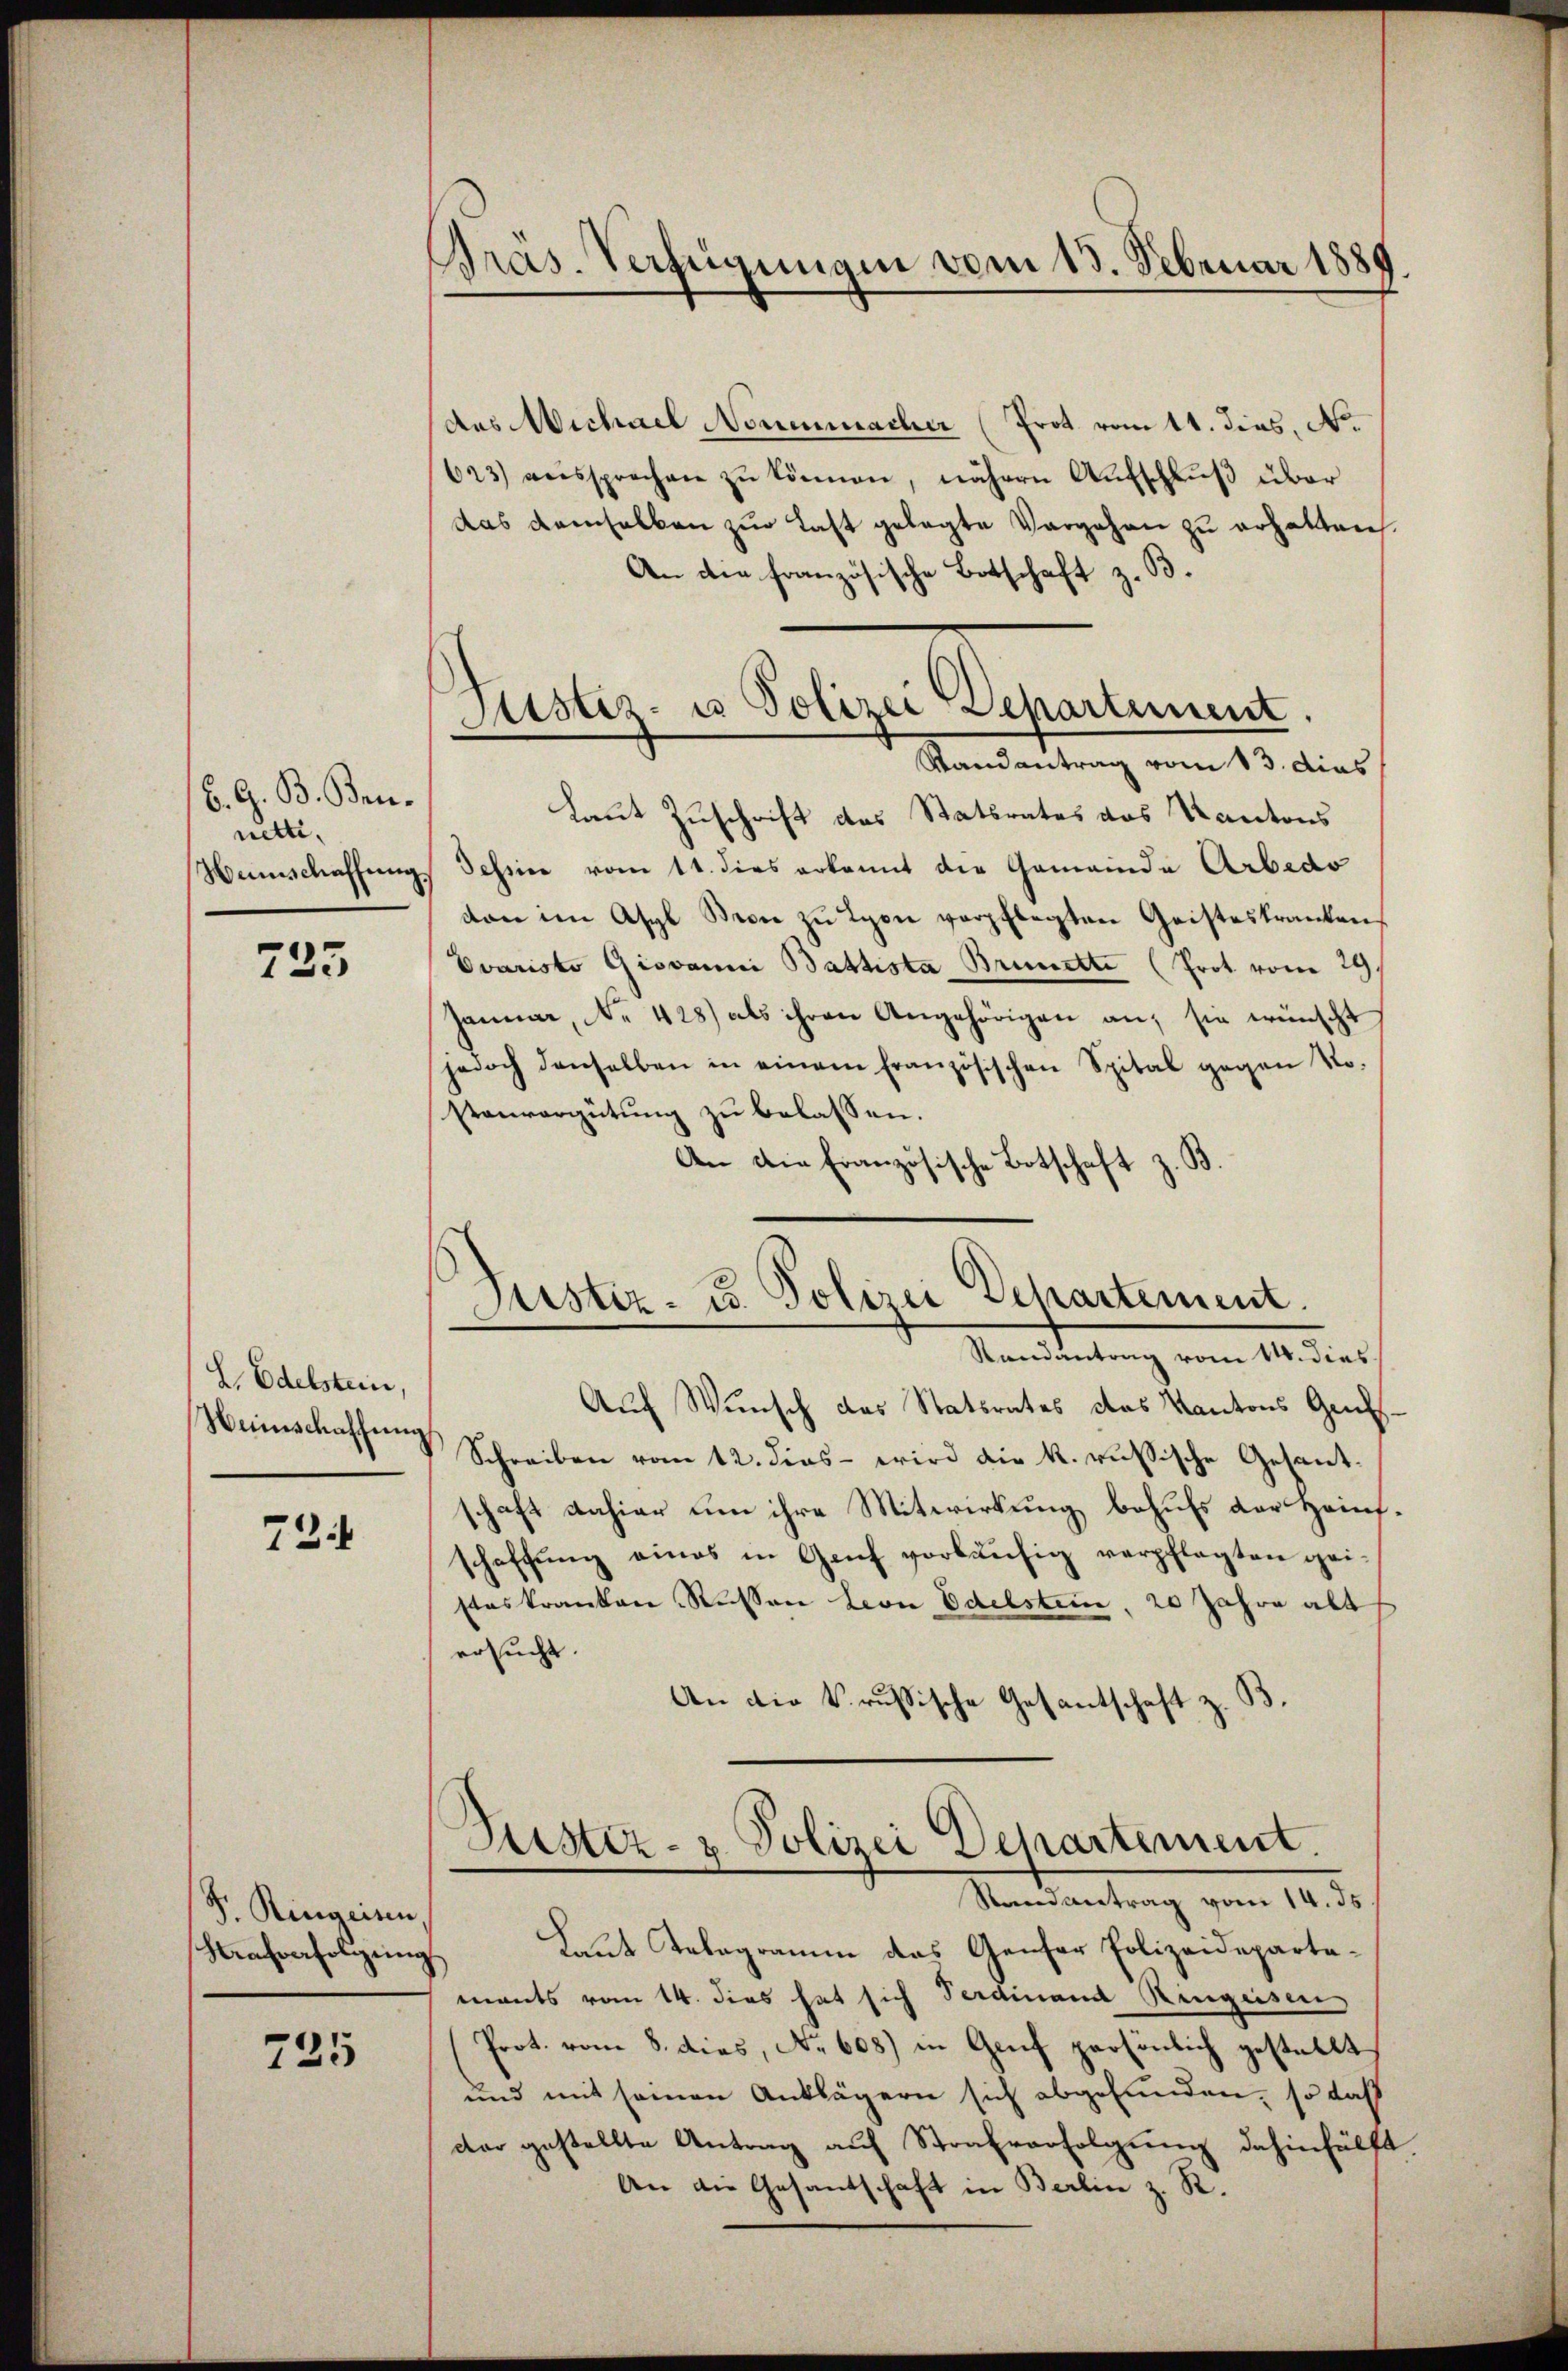
B. G. B. Beinetti,
Weinschaffung

725

L. Edelstein
Weinschaffung

72.

S. Ringeisen.
Strafverfolgung

735

Bras. Verfügungen vom 13. Februar 1889

Justiz- u Polizei Departement.
Randantrag vom 13. dies

Justiz- u. Polizei Departement.
Randantrag vom 14. dies

(des Michael Nouenmacher (Prot vom 11. dies, N.
623) aussprechen zŭ können, nähern Aŭfschlŭβ über
das demselben zŭr Last gelegte Vergehen zu erhalten.
An die französische Botschaft z. B.
Laut Zuschrift des Statsrates das Kantons
Tessine vom 11. dies erkannt die Gemeinde Arbedo
von im Asyl Bern zu Lyon verpflegten Geisteskranken
Evaristo Giovanni Battista Brunette (Prot vom 29.
Januar, No. 428) als ihren Angehörigen an, sie wünscht
jedoch denselben in einem französischen Spital gegen So-
stenvergütung zu belassen.
An die Französische Botschaft z. B.

Auf Wunsch das Statsrates das Kantons Gens¬
Schreiben vom 12. dies - wird die k. russische Gesantschaft dahier um ihre Mitwirkung behufs der Heinschaffung eines in Genf vorläufig verpflegten geisteskranken Russen Leon Edelstein, 20 Jahre alt
ersucht.
An die k. russische Gesantschaft z. B.
Fristiz- & Polizei Departement.
Randantrag vom 14. ds
Laut Telegramm das Genfer Polizeidepartat
mants vom 14. dies hat sich Ferdinand Ringeisen
Prot. vom 8. dies, No 608) in Grif persönlich gestellt
und mit seinen Anklägern sich abgefunden, so daß
der gestellte Antrag auf Strafverfolgung dahinfällt.
An die Gesandschaft in Berlin z. R.